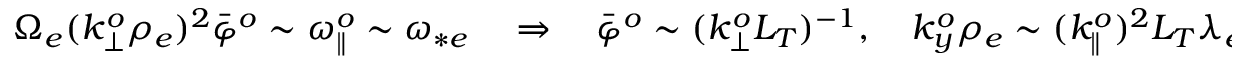
\begin{array} { r } { \Omega _ { e } ( k _ { \perp } ^ { o } \rho _ { e } ) ^ { 2 } \bar { \varphi } ^ { o } \sim \omega _ { \parallel } ^ { o } \sim \omega _ { * e } \quad \Rightarrow \quad \bar { \varphi } ^ { o } \sim ( k _ { \perp } ^ { o } L _ { T } ) ^ { - 1 } , \quad k _ { y } ^ { o } \rho _ { e } \sim ( k _ { \parallel } ^ { o } ) ^ { 2 } L _ { T } \lambda _ { e i } , } \end{array}